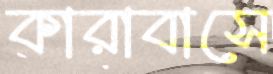
কারাবাসে